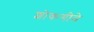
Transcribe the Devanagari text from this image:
शोकगीते